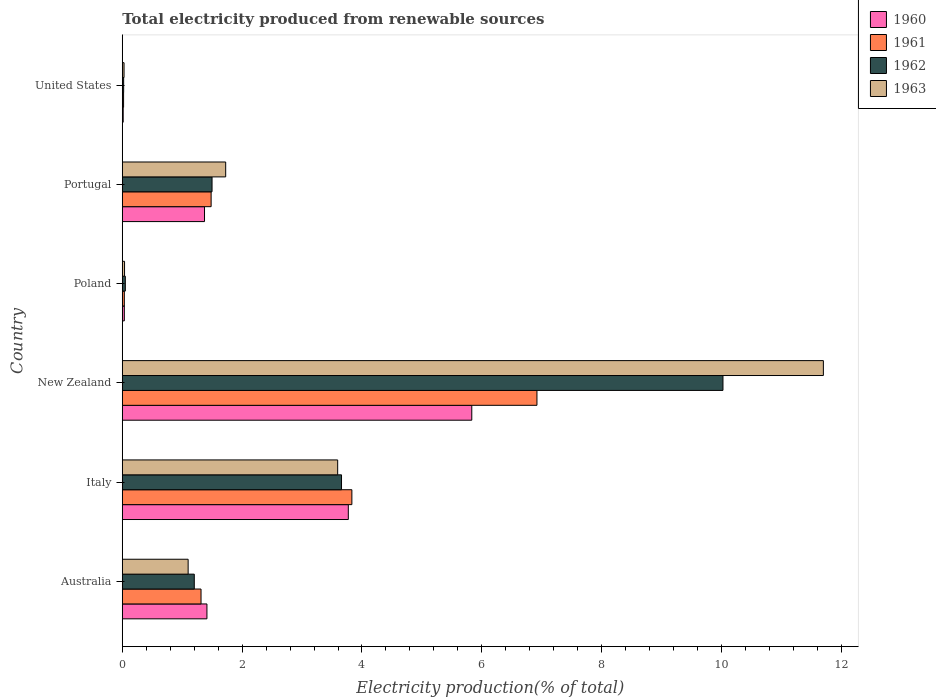
| Country | 1960 | 1961 | 1962 | 1963 |
 | --- | --- | --- | --- | --- |
 | Australia | 1.41 | 1.31 | 1.2 | 1.1 |
 | Italy | 3.77 | 3.83 | 3.66 | 3.59 |
 | New Zealand | 5.83 | 6.92 | 10 | 11.7 |
 | Poland | 0.0342 | 0.0341 | 0.0509 | 0.0379 |
 | Portugal | 1.37 | 1.48 | 1.5 | 1.73 |
 | United States | 0.0153 | 0.0215 | 0.0228 | 0.0294 |